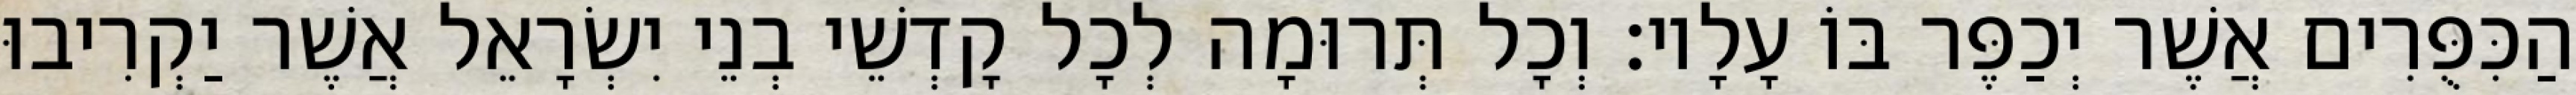
הַכִּפֻּרִים אֲשֶׁר יְכַפֶּר בּוֹ עָלָיו׃ וְכָל תְּרוּמָה לְכָל קָדְשֵׁי בְנֵי יִשְׂרָאֵל אֲשֶׁר יַקְרִיבוּ